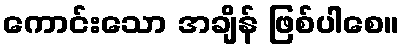
ကောင်းသော အချိန် ဖြစ်ပါစေ။